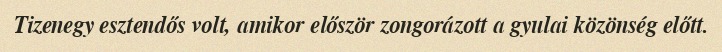
Tizenegy esztendős volt, amikor először zongorázott a gyulai közönség előtt.